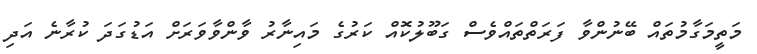
މަތީމަގާމުތައް ބޭނުންވާ ފަރަތްތައްވެސް ގަބޫލުކޮއް ކަރުގެ މައިނާރު ވާންވާވަރަށް އަޑުގަދަ ކުރާނެ އަދި